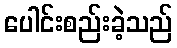
ပေါင်းစည်းခဲ့သည်